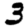
Digit: 3